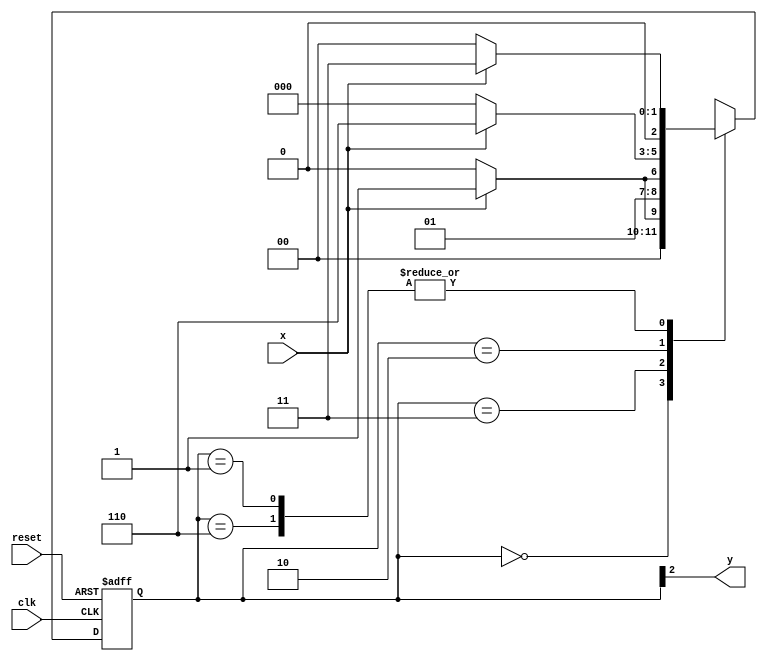
// Aluno: rsula Rosa Monteiro de Castro

// -------------- 
// --- Moore FSM 
// -------------- 

/* 
                                 Moore FSM Diagram 
                           _____________________________ 
                          /                             \ 
         1          1     v     0            1        1 | // found 
[start] ---> [id1] ---> [id11] ---> [id110] ---> [id1101] 
 ^ \0         0 |        1/ ^           0 |       0 | 
 \_/           /         \__/             |         | 
  \___________/                          /          | 
   \                                    /          / 
    \__________________________________/          / 
     \                                           / 
      \_________________________________________/ 

*/
 
// constant definition 
`define found 1 
`define notfound 0 

// FSM by Moore 
module moore1101 ( y, x, clk, reset ); 
output y; 
input x; 
input clk; 
input reset; 

reg y; 

parameter // state identifiers 
start = 3'b000, 
id1 = 3'b001, 
id11 = 3'b011, 
id110 = 3'b010, 

id1101 = 3'b110; // signal found 
reg [2:0] E1; // current state variables 
reg [2:0] E2; // next state logic output 

// next state logic 
always @( x or E1 ) 
begin 
case( E1 ) 
start: 
if ( x ) 
E2 = id1; 
else 
E2 = start; 
id1: 
if ( x ) 
E2 = id11; 
else 
E2 = start; 
id11: 
if ( x ) 
E2 = id11; 
else 
E2 = id110; 
id110: 
if ( x ) 
E2 = id1101; 
else 
E2 = start; 
id1101: 
if ( x ) 
E2 = id11; 
else 
E2 = start; 
default: // undefined statee 
E2 = 3'bxxx; 
endcase 
end // always at signal or state changing 

// state variables 
always @( posedge clk or negedge reset ) 
begin 
if ( reset ) 
E1 = E2; // updates current state 
else 
E1 = 0; // reset 
end // always at signal changing 
// output logic 
always @( E1 ) 
begin 
y = E1[2]; // first bit of state value 
end // always at state changing 

endmodule // moore1101